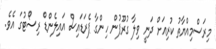
މިރަސްމިއްޔާތު ކުރިއަށް ދަނީ ވިލާ ގުރޫޕުން ހިންގާ ޕެރަޑައިސް އައިލެންޑް ރިސޯޓުގަ އެވެ.